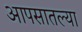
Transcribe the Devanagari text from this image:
आपसातल्या